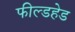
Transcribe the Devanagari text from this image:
फील्डहेड